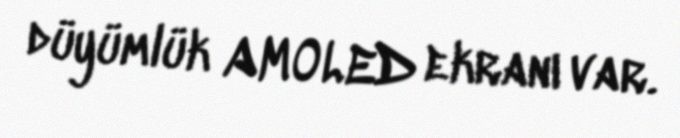
düyümlük AMOLED ekranı var.